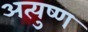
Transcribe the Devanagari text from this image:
अत्युष्ण